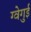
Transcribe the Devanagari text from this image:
ग्वेगुई